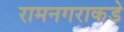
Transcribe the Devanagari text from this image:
रामनगराकडे